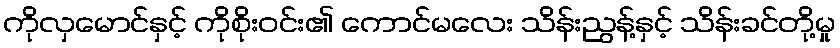
ကိုလှမောင်နှင့် ကိုစိုးဝင်း၏ ကောင်မလေး သိန်းညွန့်နှင့် သိန်းခင်တို့မှု